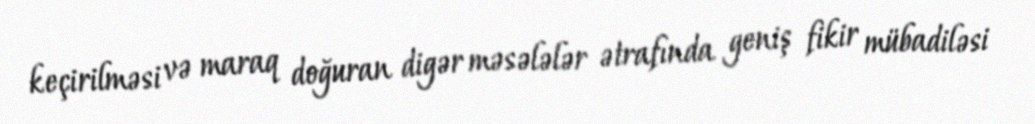
keçirilməsi və maraq doğuran digər məsələlər ətrafında geniş fikir mübadiləsi